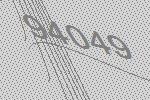
94049